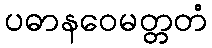
ပဓာနဝေမတ္တတံ